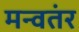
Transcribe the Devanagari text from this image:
मन्वतंर